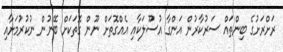
ރަށްރަށުގެ ބިންތައް ސަރުކާރުން އަންގާ އުސޫލަކާއި އެއްގޮތަށް ނޫން ގޮތަކަށް ބޭނުން ނުކުރުމަށާއި